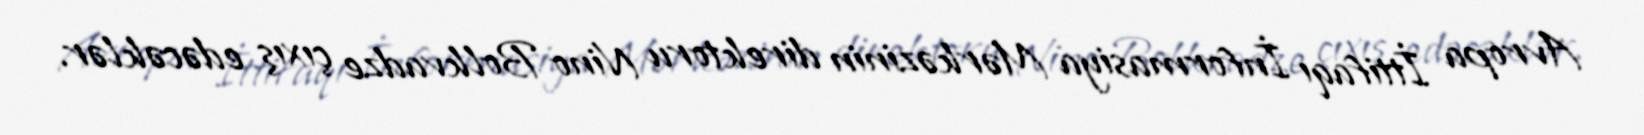
Avropa İttifaqı İnformasiya Mərkəzinin direktoru Nino Bolkvadze çıxış edəcəklər.